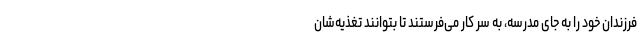
فرزندان خود را به جای مدرسه، به سر کار می‌فرستند تا بتوانند تغذیه‌شان